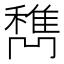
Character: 𰨹